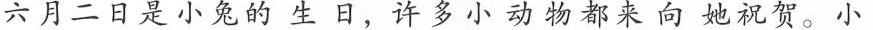
六月二日是小兔生日，都来向她祝贺。小